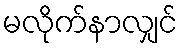
မလိုက်နာလျှင်